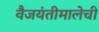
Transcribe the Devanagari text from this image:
वैजयंतीमालेची